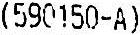
(590150-A)